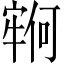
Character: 𫳵